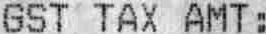
GST TAX AMT :